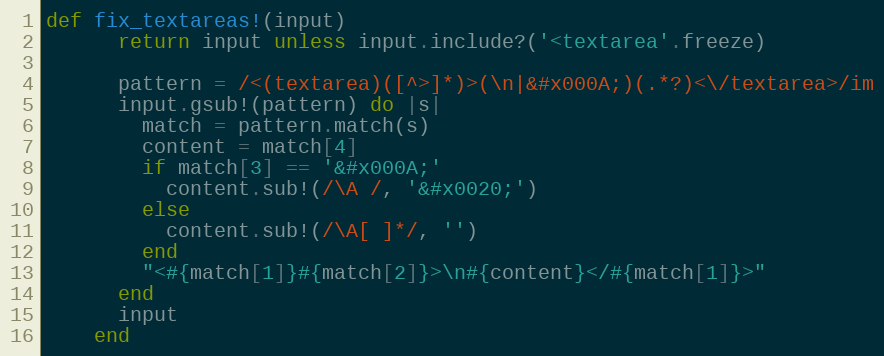
Language: Ruby
def fix_textareas!(input)
      return input unless input.include?('<textarea'.freeze)

      pattern = /<(textarea)([^>]*)>(\n|&#x000A;)(.*?)<\/textarea>/im
      input.gsub!(pattern) do |s|
        match = pattern.match(s)
        content = match[4]
        if match[3] == '&#x000A;'
          content.sub!(/\A /, '&#x0020;')
        else
          content.sub!(/\A[ ]*/, '')
        end
        "<#{match[1]}#{match[2]}>\n#{content}</#{match[1]}>"
      end
      input
    end